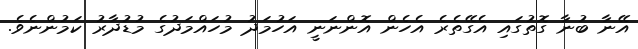
އޭނާ ބުނާ ގޮތުގައި އެގޭތެރެ އެހެން އޮންނަނީ އަހުމަދު މުހައްމަދުގެ މުޑުދާރު ކަމުންނެވެ.